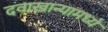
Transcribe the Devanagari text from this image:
दवाखान्यामध्ये